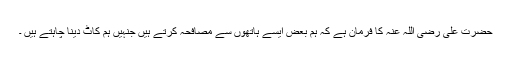
حضرت علی رضی اللہ عنہ کا فرمان ہے کہ ہم بعض ایسے ہاتھوں سے مصافحہ کرتے ہیں جنہیں ہم کاٹ دینا چاہتے ہیں ۔